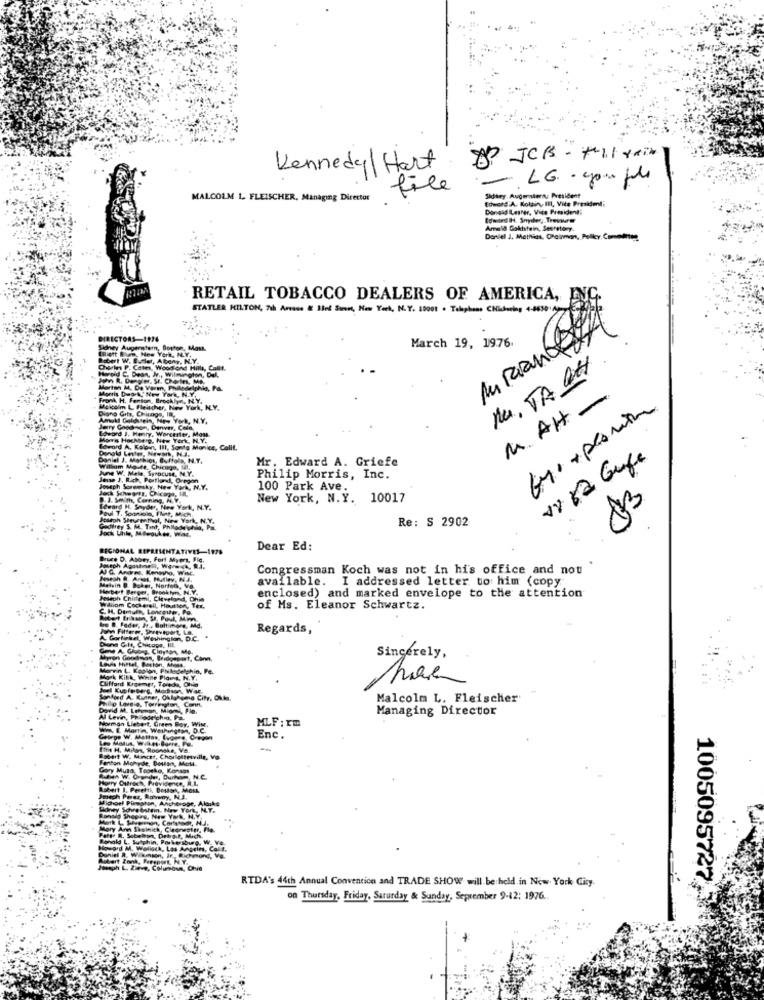
OP JCB - #11 +xix
Kennedal Hart
LG · you full
file
-
MALCOLM L. FLEISCHER, Managing Director
Sidary. Augerstern, President
Edward A. Kolding III, Vite Presidenti
Donald ILesher, Vice Presidenti
toward IH. Snyder, Treswrs
Ameld Gakistein, Secretary.
Daniel J. Mathias, Ofcinmen, Pelky, Comohan
RETAIL TOBACCO DEALERS OF AMERICA,
STATLER HILTON, 7th Anense & Ilel Sinn, New York, N.Y. 10001 . Talephans CHichwein, 4-8630; -
DIRECTORS-1126
March 19, 1976.
Honey Augerstern, Boston, Mask.
Isbert W. Butler, Albany, N.Y.
2. Cates, Woodland Hills, Calif
nu. TA OH
Harold C. Deon. W ., Wilmington, Dul.
Morton M. De Varen
Malelphia, Pa.
Fonk H. Fenton,
Fenton, Brooklyn, NY
M.AH-
Diana Gifs, Chicago, I8,
Mekolm L Fleischer, New York, N.Y.
Jerry Goodnon, Denver, Cola,
Loword J. Henry, Worcester, Most
Moms Hochberg, New York, N.Y.
Edward A. Koloan, III, Santa Monice, Colit,
Donald Letter, News, N.J.
Daniel
Daniel J. Mothiot, Buffalo, N.Y.
Mr. Edward A. Griefe
18 82 Gufe
June W. Mais, Syracuse, M.Y.
William Mo-de, Chicago, lit.
Jeise J. Rich, Portland, Oregon
Philip Morris, Inc.
Joseph Soremsky, New York, N.Y.
100 Park Ave.
J. Smith, Corning, N.V.
New York, N.Y. 10017
Leward H. Soyder, New York, N.Y.
14 Sooniolo, Flint, Mich.
ED
Joseph Sleventhal, New York, N.Y.
Re: S 2902
Jock Uhle, Mawoukes. w.w
Tant, PhRlode chia, Pa.
REGIONAL REPRESENTATIVES-1978
Dear Ed:
Bruce D. Abory, Fort Myers, Bic.
AJ G. Andres, Kenotho, Will.
meph Agusing
Congressman Koch was not in his office and not
lesech . Ares, Pulley, Na.
available. I addressed letter to him (copy
Melvin B. Baker, Norfolk, VO
Mbert Berger, Brooklyn, N.Y.
Whom Cockerell, Hou
MMseoh Cnitteml, Clevel
enclosed) and marked envelope to the attention
C. H. Demuth
of Ms. Eleanor Schwartz.
Regards,
Chicop
Washington, D.C.
Clayton, Me
Com
Sincerely,
, Pe.
ilg Lovelo. Torrington, Conn,
Shimo City, Okla.
Malcolm L. Fleischer
Managing Director
hormon Liebert, Green Bay, Win
Levin, Philadelphia, Pa
MLF : Im
www. E Martin, Washington, D.C.
wpe W. Mlettas, Eugene, Crepon
Enc.
Inhis H. Milan, Roanoke Va.
Robert W. Mincer, Charlottesville, Vo
anton Mohyde, Dollar, Mott
Gory Muna, Teosko, K
RUA W. Grunder, Durh
gry Ourech, Provide
bert I. Peretti, Boston,
Dort Pleegten, An
Sdvetaltin. Ney
MY.
#, Mich
RTDA's 44th Annual Convention and TRADE SHOW will be held in New York Gisy.
1005095727
on Thursday, Friday. Saturday & Sunday, Seprember 9-12: 1976.